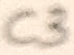
Text: C3